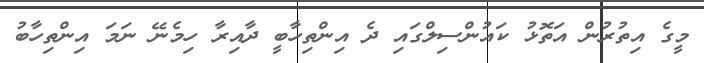
މީގެ އިތުރުން އަތޮޅު ކައުންސިލްގައި ދެ އިންތިހާބީ ދާއިރާ ހިމެނޭ ނަމަ އިންތިހާބު